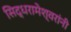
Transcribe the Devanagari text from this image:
सिद्धरामेश्वरांनी